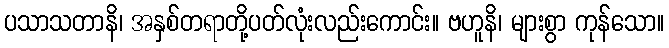
ပသာသတာနိ၊ အနှစ်တရာတို့ပတ်လုံးလည်းကောင်း။ ဗဟူနိ၊ များစွာ ကုန်သော။